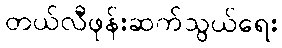
တယ်လီဖုန်းဆက်သွယ်ရေး